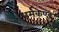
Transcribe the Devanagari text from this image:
धर्मकुण्ड